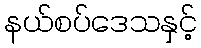
နယ်စပ်ဒေသနှင့်